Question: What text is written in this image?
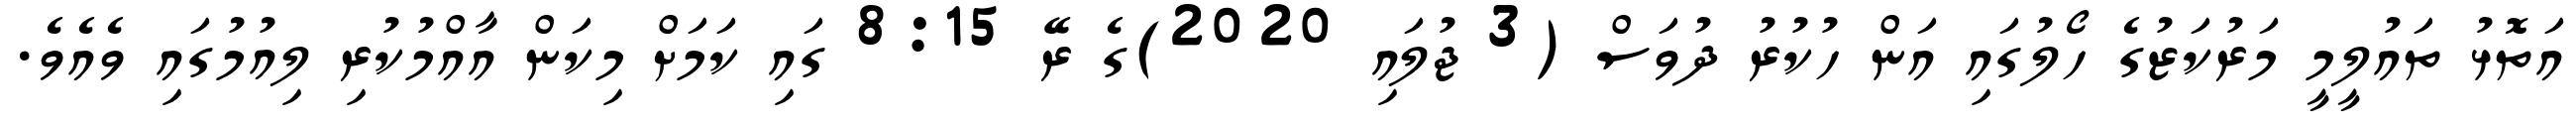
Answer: އަތޮޅު ތައުލީމީ މަރުކަޒުގެ ހޯލުގައި އަން ހުކުރު ދުވަސް (3 ޖުލައި 2020)ގެ ރޭ 8:15 ގައި ކަމަށް މިކަން އާއްމުކުރި ލިއުމުގައި ވެއެވެ.